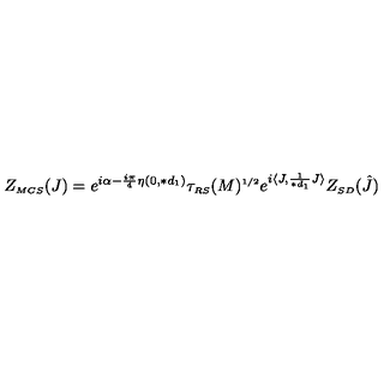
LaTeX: Z _ { \scriptscriptstyle M C S } ( J ) = e ^ { i \alpha - \frac { i \pi } { 4 } \eta ( 0 , \ast d _ { \scriptscriptstyle 1 } ) } \tau _ { \scriptscriptstyle R S } ( M ) ^ { \scriptscriptstyle 1 / 2 } e ^ { i \langle J , \frac { 1 } { \ast d _ { \scriptscriptstyle 1 } } J \rangle } Z _ { \scriptscriptstyle S D } ( \hat { J } )